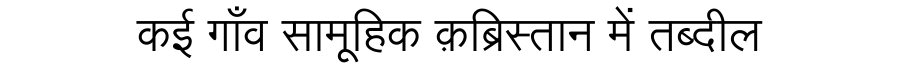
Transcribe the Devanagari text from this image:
कई गाँव सामूहिक क़ब्रिस्तान में तब्दील